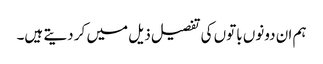
ہم ان دونوں باتوں کی تفصیل ذیل میں کر دیتے ہیں۔